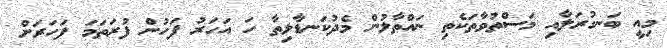
މިއީ ބަނގުރަލާއި މަސްތުވާތަކެތި ނައްތާލުން މެދުކަނޑާލިތާ ހަ އަހަރު ފަހުން ފުރަތަމަ ފަހަރަށް